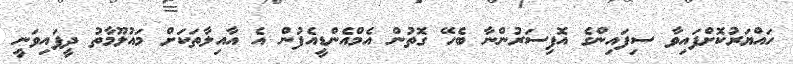
ހައްޔަރުކޮށްފައިވާ ސިފައިންގެ އޮފިސަރުންނާ ބެހޭ ގޮތުން އެމްއެންޑީއެފުން އެ އާއިލާތަކަށް މައުލޫމާތު ދީފައިވަނީ